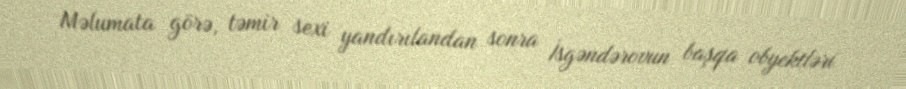
Məlumata görə, təmir sexi yandırılandan sonra İsgəndərovun başqa obyektləri